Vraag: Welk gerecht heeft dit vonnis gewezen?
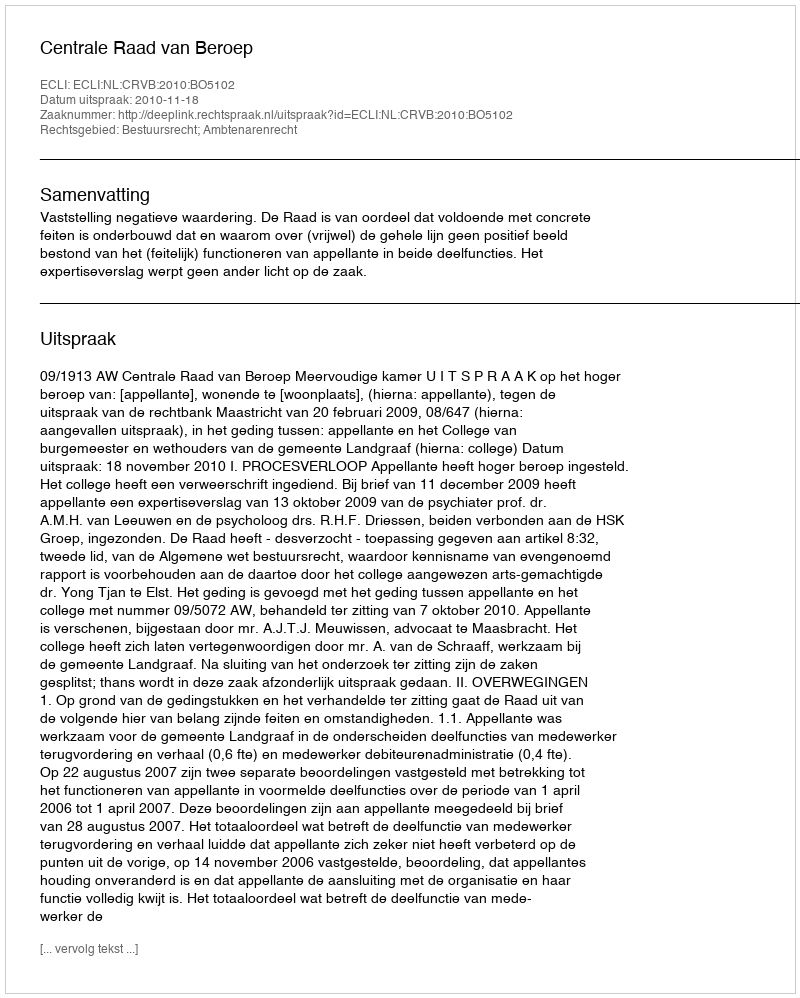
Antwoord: Centrale Raad van Beroep